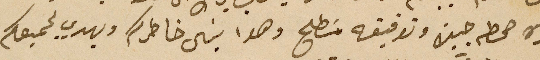
لنحوه صحطه جيدة وتوفيقه مسَطلح وهوا ينال خاطركم ويهدي لجميعكم